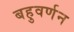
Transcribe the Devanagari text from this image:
बहुवर्णन